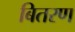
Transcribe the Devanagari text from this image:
बितरण